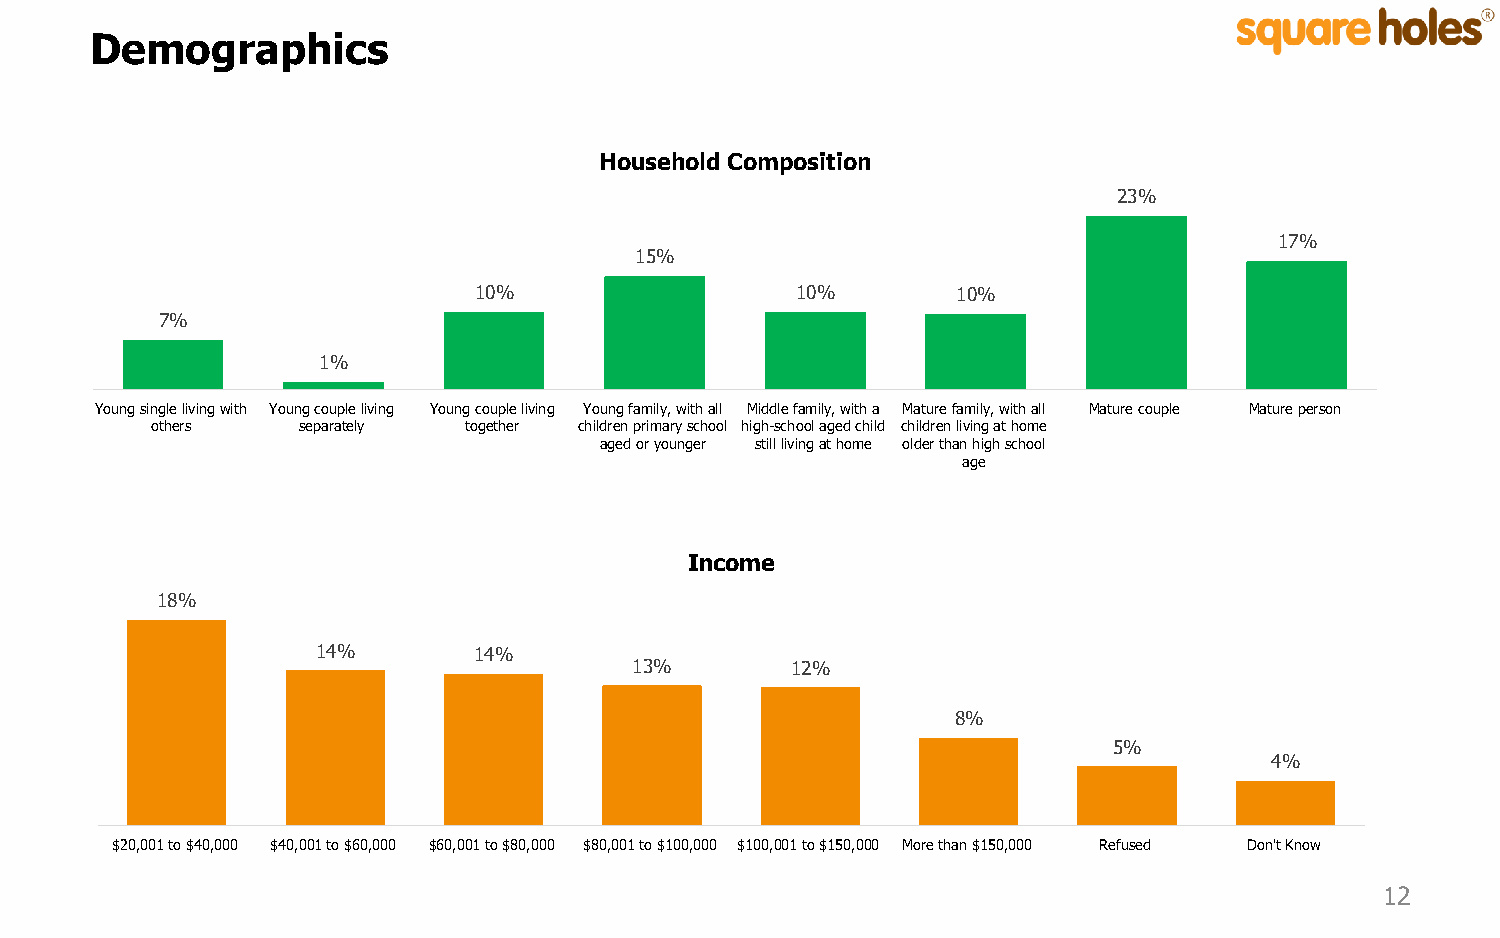
Demographics
 Household Composition
 23%
 17%
 15%
 10%                   10%       10%
 7%
 1%
 Young single living with Young couple living Young couple living Young family, with all Middle family, with a Mature family, with all Mature couple Mature person
 others    separately together children primary school high-school aged child children living at home
 aged or younger still living at home older than high school
 age
 Income
 18%
 14%       14%
 13%       12%
 8%
 5%
 4%
 $20,001 to $40,000 $40,001 to $60,000 $60,001 to $80,000 $80,001 to $100,000 $100,001 to $150,000 More than $150,000 Refused Don't Know
 12